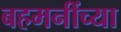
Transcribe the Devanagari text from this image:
बहमनींच्या